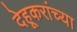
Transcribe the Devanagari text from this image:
देहूकरांच्या